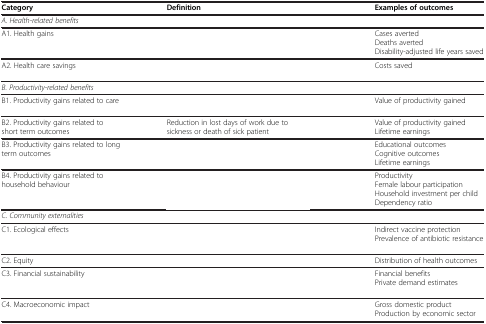
<table><thead><tr><td><b>Category</b></td><td><b>Definition</b></td><td><b>Examples of outcomes</b></td></tr></thead><tbody><tr><td colspan="3"><i>A. Health-related benefits</i></td></tr><tr><td rowspan="3">A1. Health gains</td><td rowspan="3">[EMPTY_CELL]</td><td>Cases averted</td></tr><tr><td>Deaths averted</td></tr><tr><td>Disability-adjusted life years saved</td></tr><tr><td>A2. Health care savings</td><td>[EMPTY_CELL]</td><td>Costs saved</td></tr><tr><td colspan="3"><i>B. Productivity-related benefits</i></td></tr><tr><td>B1. Productivity gains related to care</td><td>[EMPTY_CELL]</td><td>Value of productivity gained</td></tr><tr><td rowspan="2">B2. Productivity gains related to short term outcomes</td><td rowspan="2">Reduction in lost days of work due to sickness or death of sick patient</td><td>Value of productivity gained</td></tr><tr><td>Lifetime earnings</td></tr><tr><td rowspan="3">B3. Productivity gains related to long term outcomes</td><td rowspan="3">[EMPTY_CELL]</td><td>Educational outcomes</td></tr><tr><td>Cognitive outcomes</td></tr><tr><td>Lifetime earnings</td></tr><tr><td rowspan="4">B4. Productivity gains related to household behaviour</td><td rowspan="4">[EMPTY_CELL]</td><td>Productivity</td></tr><tr><td>Female labour participation</td></tr><tr><td>Household investment per child</td></tr><tr><td>Dependency ratio</td></tr><tr><td colspan="3"><i>C. Community externalities</i></td></tr><tr><td rowspan="2">C1. Ecological effects</td><td rowspan="2">[EMPTY_CELL]</td><td>Indirect vaccine protection</td></tr><tr><td>Prevalence of antibiotic resistance</td></tr><tr><td>C2. Equity</td><td>[EMPTY_CELL]</td><td>Distribution of health outcomes</td></tr><tr><td rowspan="2">C3. Financial sustainability</td><td rowspan="2">[EMPTY_CELL]</td><td>Financial benefits</td></tr><tr><td>Private demand estimates</td></tr><tr><td rowspan="2">C4. Macroeconomic impact</td><td rowspan="2">[EMPTY_CELL]</td><td>Gross domestic product</td></tr><tr><td>Production by economic sector</td></tr></tbody></table>